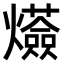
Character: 𤒷